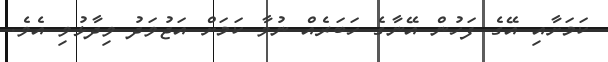
ކަމަށާއި އޭގެ ފަހުން އޭނާގެ ހަބަރެއް ނުވާ ކަމަށް އަޖުވަދު ވިދާޅުވި އެވެ.